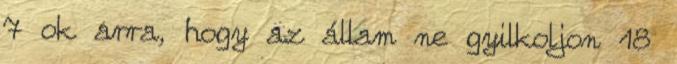
7 ok arra, hogy az állam ne gyilkoljon 18